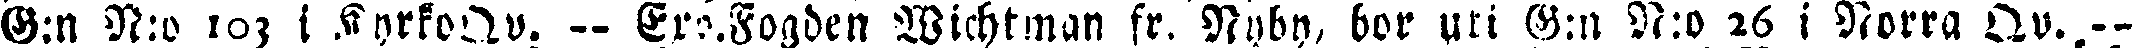
G:n N:o 103 i KyrkoQv. — Ero.Fogden Wichtman fr. Nyby, bor uti G:n N:o 26 i Norra Qv. --